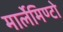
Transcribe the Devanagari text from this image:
मार्लेमिण्टो